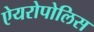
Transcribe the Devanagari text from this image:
ऐयरोपोलिस